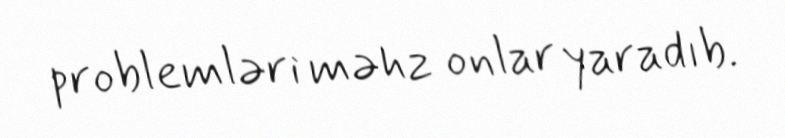
problemləri məhz onlar yaradıb.